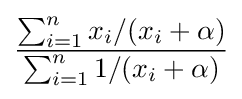
{\frac {\sum _{i=1}^{n}x_{i}/(x_{i}+\alpha )}{\sum _{i=1}^{n}1/(x_{i}+\alpha )}}